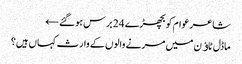
شاعر عوام کو بچھڑے 24 برس ہوگئے ←
ماڈل ٹاﺅن میں مرنے والوں کے وارث کہاں ہیں؟